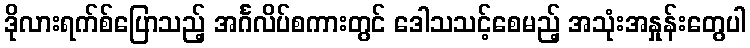
ဒိုလားရက်စ်ပြောသည့် အင်္ဂလိပ်စကားတွင် ဒေါသသင့်စေမည့် အသုံးအနှုန်းတွေပါ